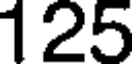
125